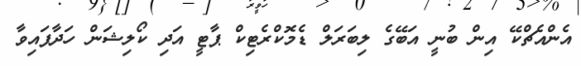
އެންއެޗްކޭ އިން ބުނީ އަބޭގެ ލިބަރަލް ޑެމޮކްރެޓިކް ޕާޓީ އަދި ކޯލިޝަން ހަދާފައިވާ